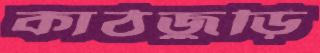
কাঠজুড়ি